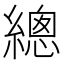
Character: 總